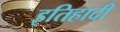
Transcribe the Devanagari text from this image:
इतिहादी